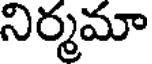
నిర్మమా